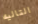
التاليه